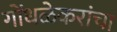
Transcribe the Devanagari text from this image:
गोंधळेकरांचा